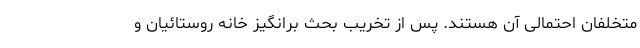
متخلفان احتمالی آن هستند. پس از تخریب بحث برانگیز خانه روستائیان و